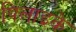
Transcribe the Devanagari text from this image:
पिलाइके